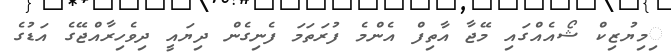
ިމިޔުޒިކް ޝޯއެއްގައި މޭޖާ އާތިފް އެންމެ ފުރަތަމަ ފެނިގެން ދިޔައީ ދިވެހިރާއްޖޭގެ އަޑުގެ